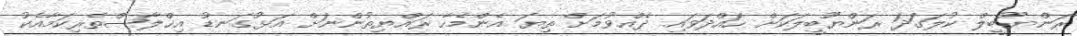
ރަންޔޫބީލް ކުލަގަދަ ރަންޔޫބީލަކަށް ހައްދަވައި ދެއްވުމަށް ތިޔަ އެންމެހާ ރައްޔިތުންނަށް އަޅުގަނޑު އިޚްލާޞްތެރިކަމާއެކު